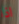
اذا